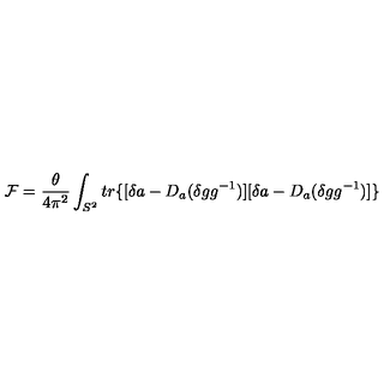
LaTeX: { \cal F } = \frac { \theta } { 4 \pi ^ { 2 } } \int _ { S ^ { 2 } } t r \{ [ \delta a - D _ { a } ( \delta g g ^ { - 1 } ) ] [ \delta a - D _ { a } ( \delta g g ^ { - 1 } ) ] \}